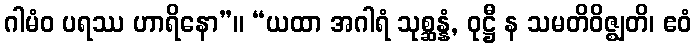
ဂါမံဝ ပရဿ ဟာရိနော”။ “ယထာ အဂါရံ သုစ္ဆန္နံ, ဝုဋ္ဌီ န သမတိဝိဇ္ဈတိ၊ ဧဝံ